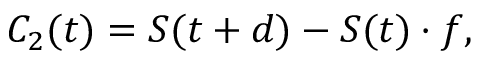
C _ { 2 } ( t ) = S ( t + d ) - S ( t ) \cdot f ,